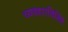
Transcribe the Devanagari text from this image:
व्यवहारविशिष्ट